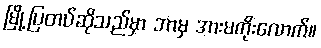
မြို့ပြတပ်ဆိုသည်မှာ ဘာမှ အားမကိုးလောက်။